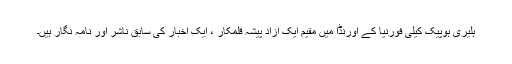
ہلیری ہوپیک کیلی فورنیا کے اورِنڈا میں مقیم ایک آزاد پیشہ قلمکار ، ایک اخبار کی سابق ناشر اور نامہ نگار ہیں۔